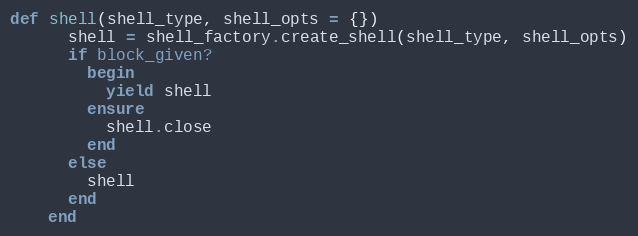
Language: Ruby
def shell(shell_type, shell_opts = {})
      shell = shell_factory.create_shell(shell_type, shell_opts)
      if block_given?
        begin
          yield shell
        ensure
          shell.close
        end
      else
        shell
      end
    end